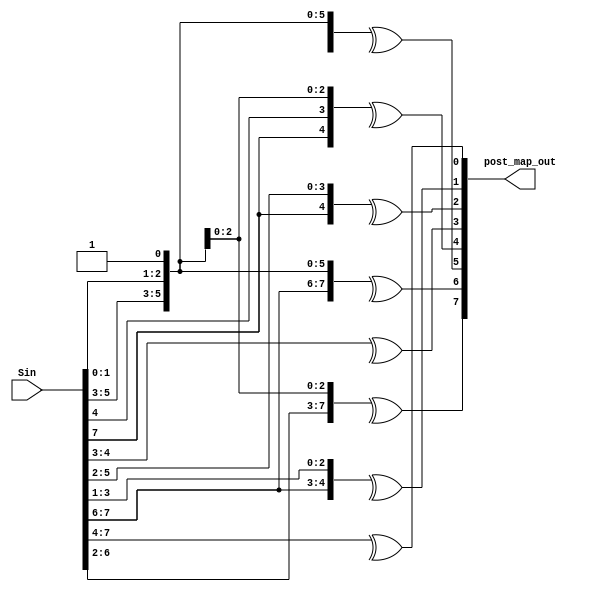
module post_map (Sin,post_map_out);

input [7:0] Sin;
output [7:0] post_map_out;


assign post_map_out[7]= ^{ Sin[6],Sin[5],Sin[4],Sin[3],Sin[2],Sin[1],Sin[0],1'b1};

assign post_map_out[6]= ^{ Sin[7],Sin[6],Sin[5],Sin[4],Sin[3],Sin[1],Sin[0],1'b1};

assign post_map_out[5]= ^{ Sin[7],Sin[5],Sin[4],Sin[3],Sin[1],Sin[0],1'b1};

assign post_map_out[4]= ^{ Sin[7],Sin[4],Sin[1],Sin[0],1'b1};

assign post_map_out[3]= ^{ Sin[4],Sin[3]};

assign post_map_out[2]= ^{ Sin[7],Sin[5],Sin[4],Sin[3],Sin[2]};

assign post_map_out[1]= ^{ Sin[7],Sin[6],Sin[3],Sin[2],Sin[1]};

assign post_map_out[0]= ^{ Sin[7],Sin[6],Sin[5],Sin[4]};

endmodule